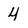
Character: 4